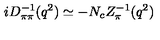
i D _ { \pi \pi } ^ { - 1 } ( q ^ { 2 } ) \simeq - N _ { c } Z _ { \pi } ^ { - 1 } ( q ^ { 2 } )